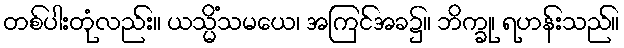
တစ်ပါးတုံလည်း။ ယသ္မိံသမယေ၊ အကြင်အခ၌။ ဘိက္ခု၊ ရဟန်းသည်။